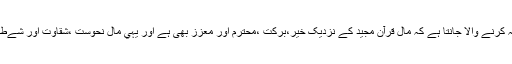
قرآني مالےات کا مطالعہ کرنے والا جانتا ہے کہ مال قرآن مجيد کے نزديک خير،برکت ،محترم اور معزّز بھى ہے اور يہي مال نحوست ،شقاوت اور شےطنت کا ذرےعہ بھى ہے۔